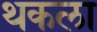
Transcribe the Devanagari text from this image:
थकला